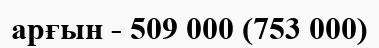
арғын - 509 000 (753 000)